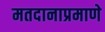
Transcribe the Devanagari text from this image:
मतदानाप्रमाणे